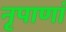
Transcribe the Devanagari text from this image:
नृपाणां